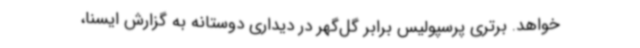
خواهد. برتری پرسپولیس‌ برابر گل‌گهر در دیداری دوستانه به گزارش ایسنا،